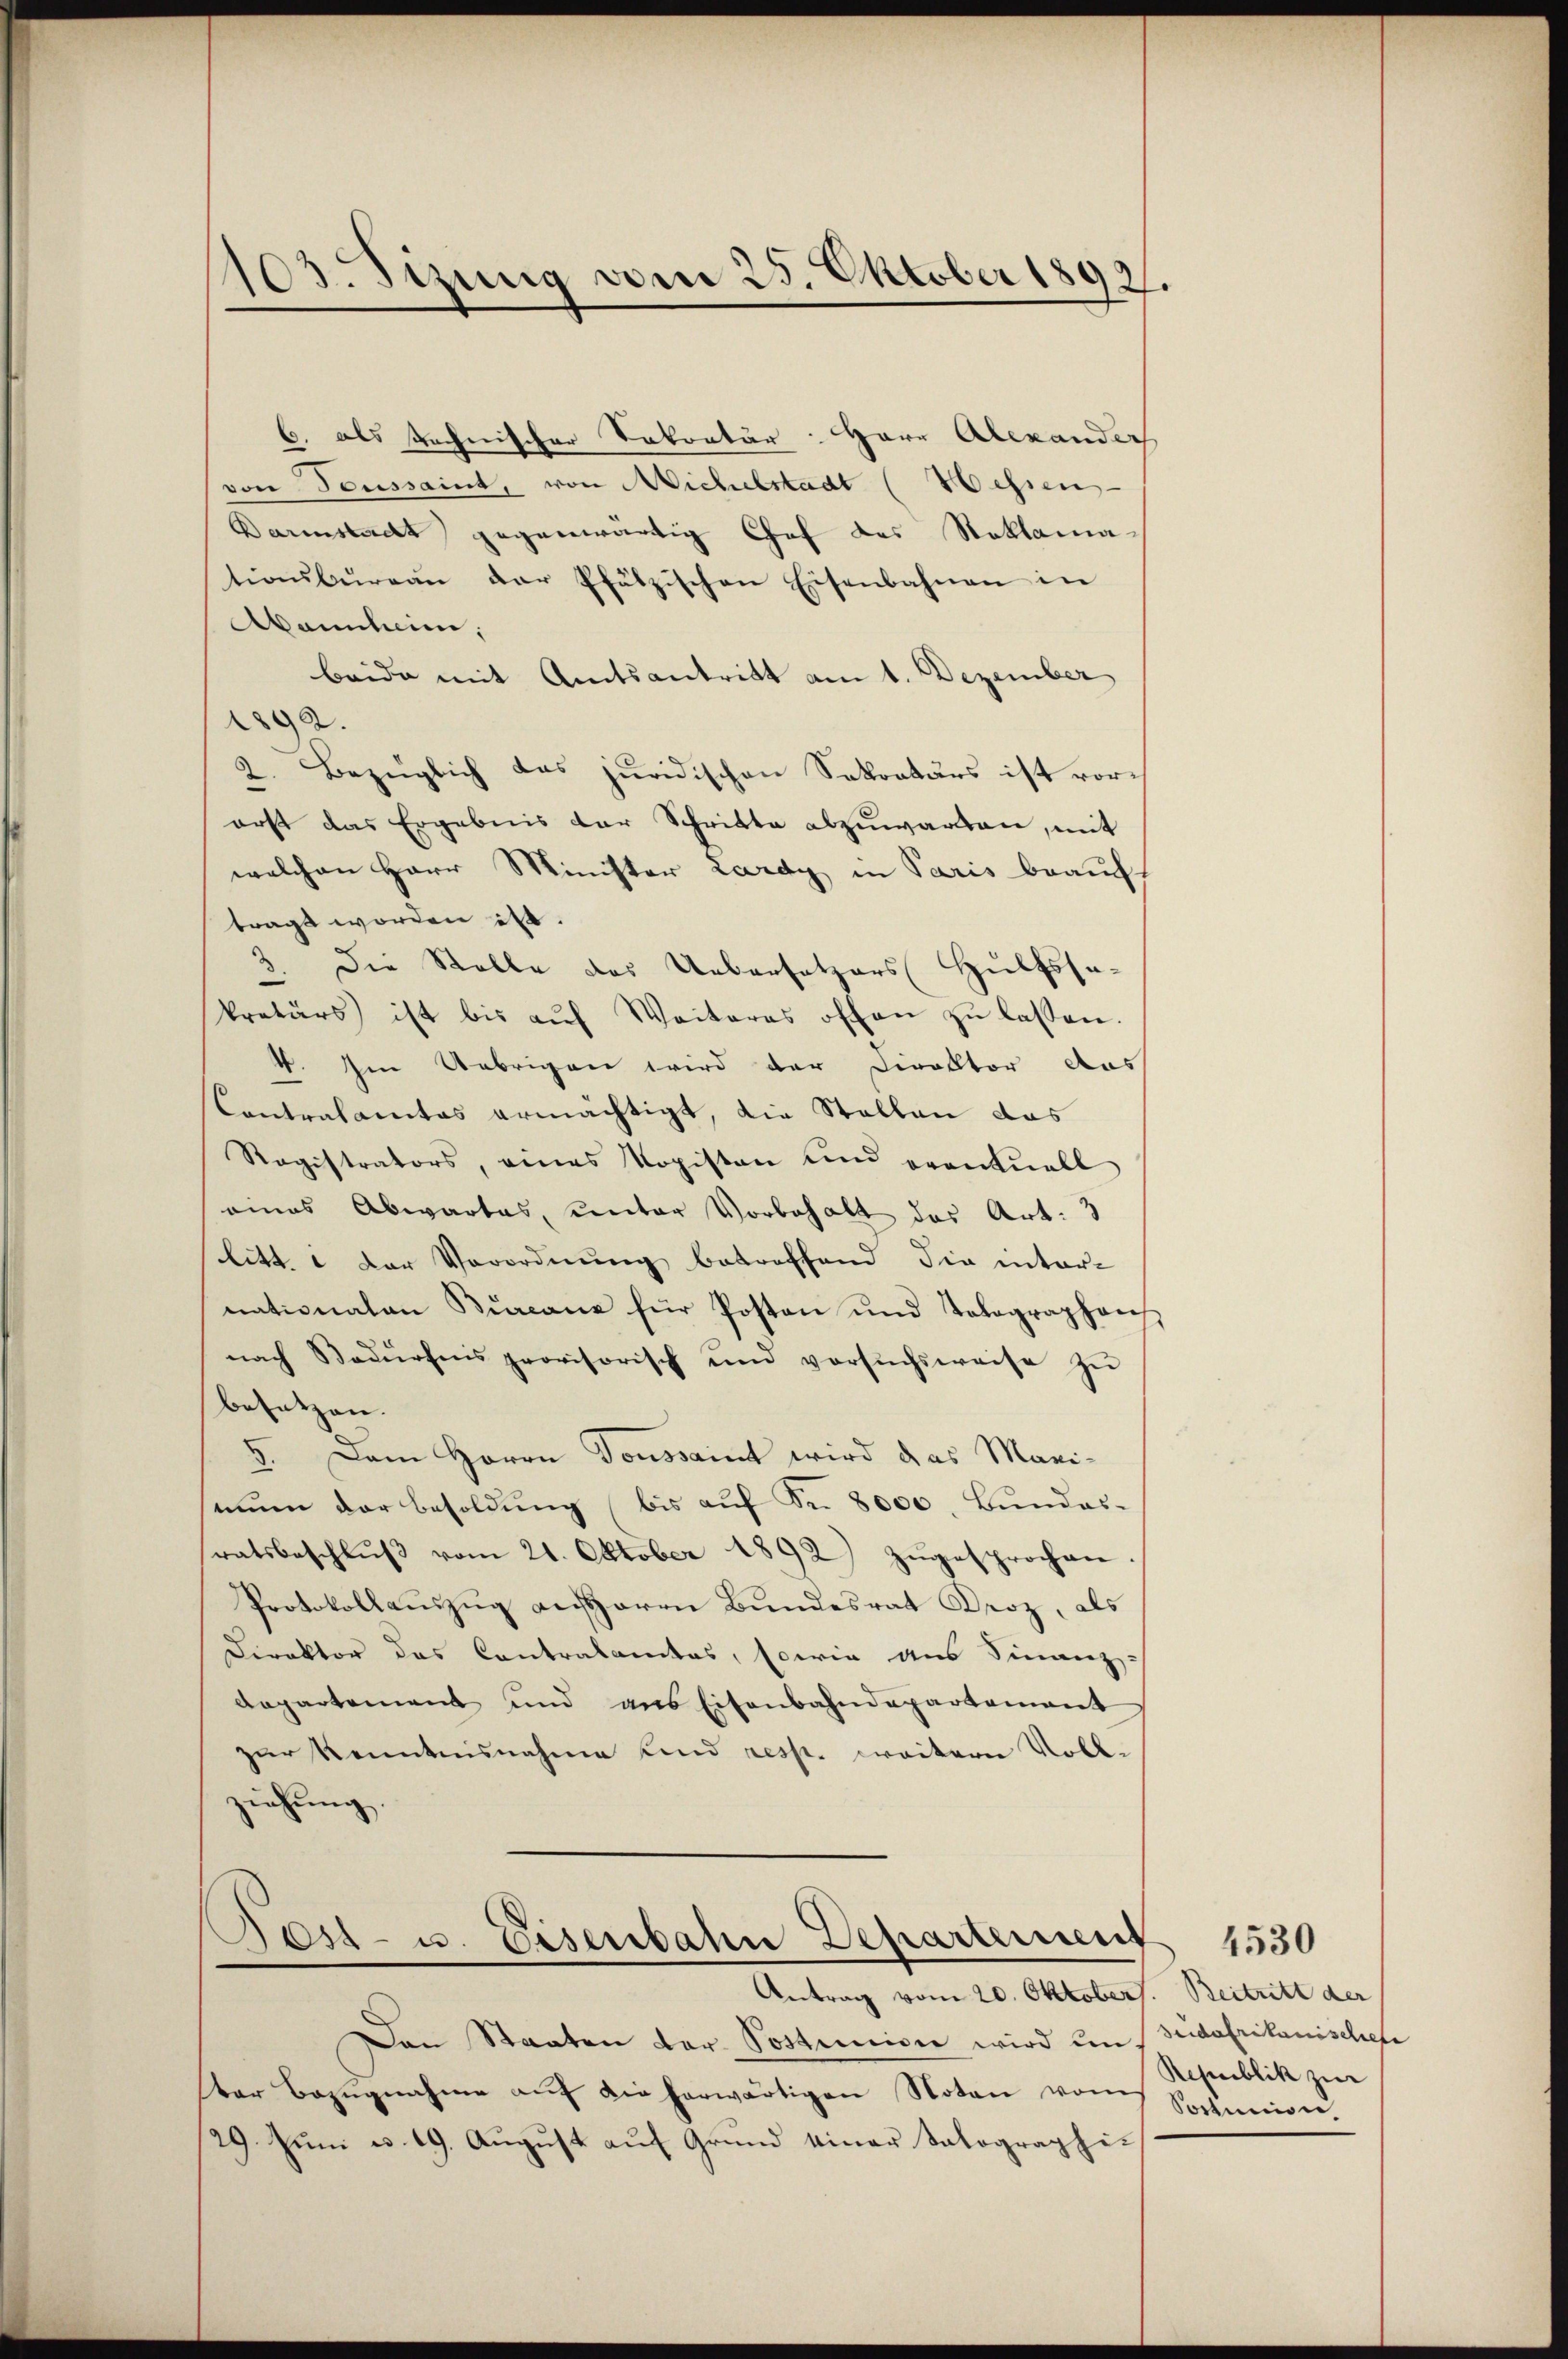
103. Sizung vom 25. Oktober 1892.

E. als technischer Sekretär: Herr Alexanderh
von Toussait, von Michelstadt (Wessen
Barmstadt gegenwärtig Chef des Stoklama
tionsbŭrgaŭ der Pfätzischen Eisenbahnen in
Aamilien,
beide mit Amtsantritt am 1. Dezember
1892.
2. Bezüglich das juridischen Sokraturs ist vorerst das Ergebnis der Schritte abzuwarten, mit
welchen Herr Minister Lardy in Paris beauf
tragt worden ist.
5 die Stelle des Uebersetzers Hulfssakretärs ist bis aŭf Weiteres offen zŭ lassen.
4. Im Uebrigen wird der Direktor das
Contralamtes ermächtigt, die Stallen das
Ragistrators, eines Kopisten und eventuell
eines Abwartes, unter Vorbehalt des Art. 3
litt.  Der Verordnung betreffend Sie inter-
nationalen Burcane für Posten und Tolographen
nach Bedürfnis provisorisch und versŭchsweise zŭ
besetzen.
5. Dem Herrn Toussait wird das Mari-
mun der besoldung (bis aŭf Fr. 8000. Bundes-
ratsbeschlŭβ vom 21. Oktober 1892) zugesprochen
Protokollauszug an Herrn Bundesrat Droz, als
Direktor das Contralamtes, sowie aus Finanz-
departement und ans Eisenbahndepartement
zur Kenntnisnahme sind resp. weitern Vollziehung.
Post- u. Eisenbahn Departement
Antrag vom 20. Oktobert. Beitritt der
Den Staaten der Postamen wird im
ter Bezugnahme auf die herwärtigen Noten vom
29. Juni v. 19. August auf Grund einer Salographi-

seidafrikanischehe
Republik zur
Soctunion,

4530